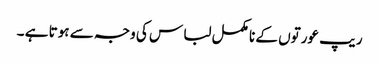
ریپ عورتوں کے نا مکمل لبا س کی وجہ سے ہوتا ہے ۔